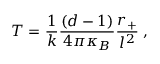
T = \frac { 1 } { k } \frac { ( d - 1 ) } { 4 \pi \kappa _ { B } } \frac { r _ { + } } { l ^ { 2 } } \; ,